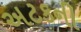
અટકની